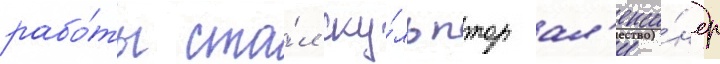
рабо́ты ста́л ску́льптор ал'екса́ндр